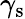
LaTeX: \gamma_{\mathrm{s}}